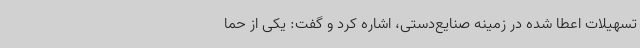
تسهیلات اعطا شده در زمینه صنایع‌دستی، اشاره کرد و گفت: یکی از حما